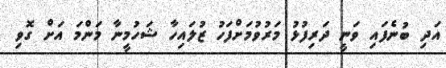
އަދި ބުނެފައި ވަނީ ދަރިފުޅު މަރުވުމަށްފަހު ޒުލައިހާ ޝަހުމީނާ މަންމަ އަށް ގޮވި